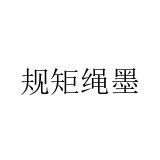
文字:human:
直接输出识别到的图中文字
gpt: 规矩绳墨